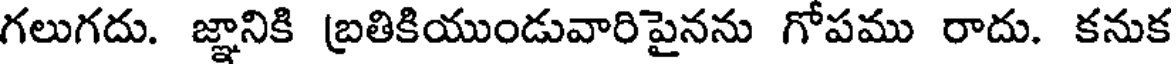
గలుగదు. జ్ఞానికి బ్రతికియుండువారిపైనను గోపము రాదు. కనుక